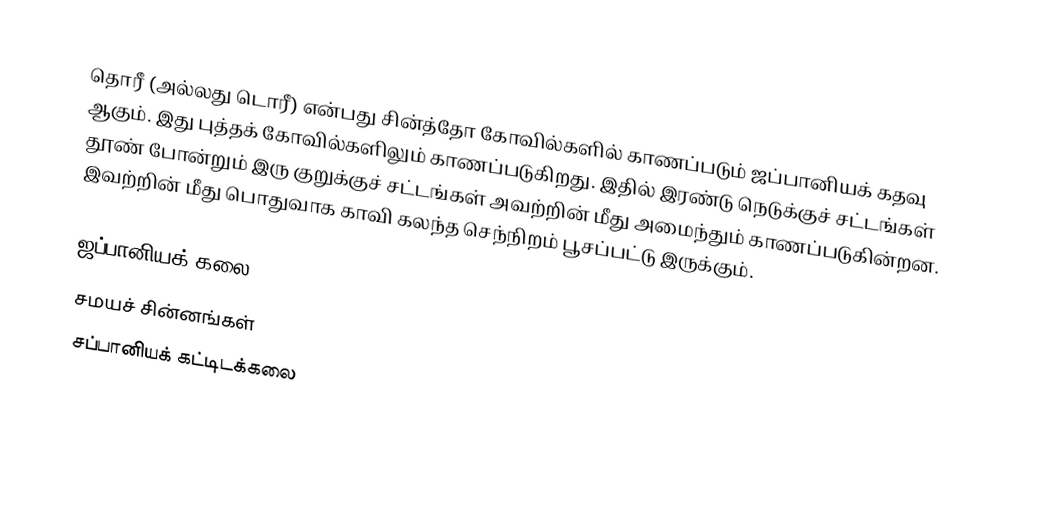
தொரீ (அல்லது டொரீ) என்பது சின்த்தோ கோவில்களில் காணப்படும் ஜப்பானியக் கதவு ஆகும். இது புத்தக் கோவில்களிலும் காணப்படுகிறது. இதில் இரண்டு நெடுக்குச் சட்டங்கள் தூண் போன்றும் இரு குறுக்குச் சட்டங்கள் அவற்றின் மீது அமைந்தும் காணப்படுகின்றன. இவற்றின் மீது பொதுவாக காவி கலந்த செந்நிறம் பூசப்பட்டு இருக்கும்.

ஜப்பானியக் கலை
சமயச் சின்னங்கள்
சப்பானியக் கட்டிடக்கலை